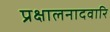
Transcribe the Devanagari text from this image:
प्रक्षालनादवारि